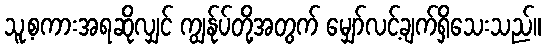
သူ့စကားအရဆိုလျှင် ကျွန်ုပ်တို့အတွက် မျှော်လင့်ချက်ရှိသေးသည်။